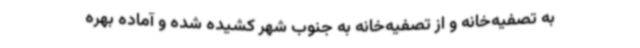
به تصفیه‌خانه و از تصفیه‌خانه به جنوب شهر کشیده شده و آماده بهره‌